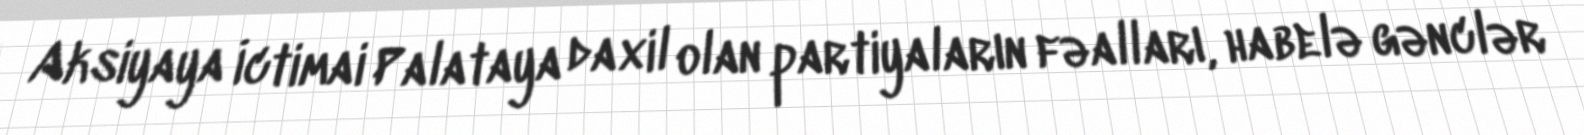
Aksiyaya İctimai Palataya daxil olan partiyaların fəalları, habelə gənclər